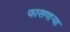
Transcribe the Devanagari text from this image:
फासणार्‍या